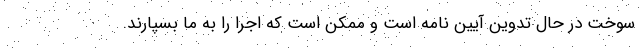
سوخت در حال تدوین آیین نامه است و ممکن است که اجرا را به ما بسپارند.